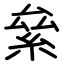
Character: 絫